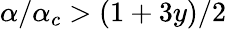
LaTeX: \alpha/\alpha_{c}>(1+3y)/2